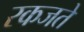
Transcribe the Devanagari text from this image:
रकजते